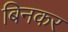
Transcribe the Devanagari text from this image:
बिनकर